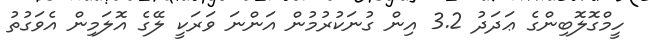
ހީމްގޮލޮބިންގެ ޢަދަދު 3.2 އިން ގުނަކުރުމުން އަންނަ ވަރަކީ ލޭގެ އޮލަމިން އެވަގުތު